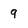
Character: 9